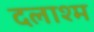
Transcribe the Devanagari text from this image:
दलाश्म